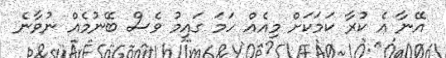
އޭނާ އެ ކުރާ ކަމަކަށް މިއެއް ހަމަ ގައިމު ވެސް ބޭނުމެއް ނުވާނެ